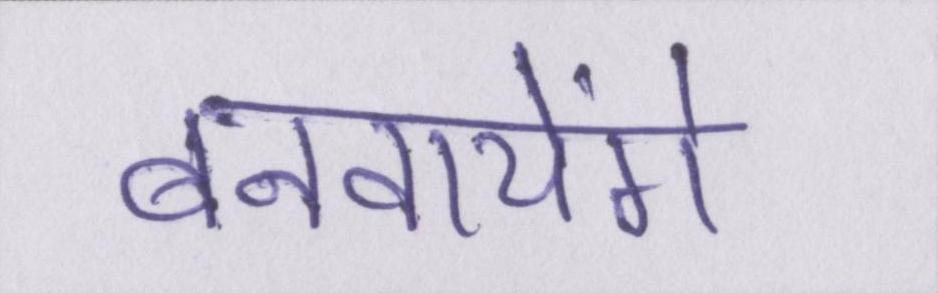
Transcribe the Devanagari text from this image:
बनवायेंगे